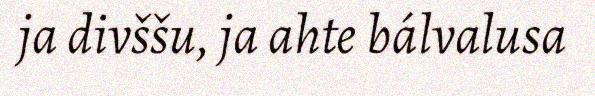
ja divššu, ja ahte bálvalusa